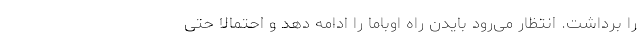
را برداشت. انتظار می‌رود بایدن راه اوباما را ادامه دهد و احتمالا حتی